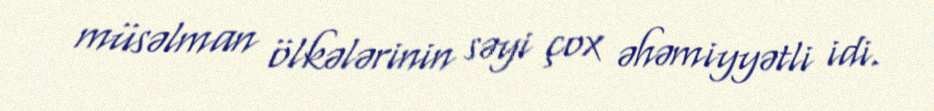
müsəlman ölkələrinin səyi çox əhəmiyyətli idi.